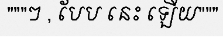
"""ៗ , បែប នេះ ឡើយ"""